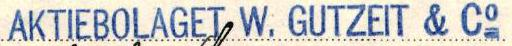
AKTIEBOLAGET W. GUTZEIT & Co